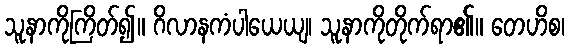
သူနာကိုကြိတ်၍။ ဂိလာနကံပါယေယျ၊ သူနာကိုတိုက်ရာ၏။ တေဟိစ၊